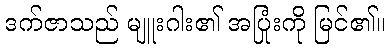
ဒက်ဇာသည် မျူးဂါး၏ အပြုံးကို မြင်၏။